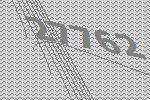
27762